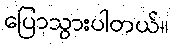
ပြောသွားပါတယ်။